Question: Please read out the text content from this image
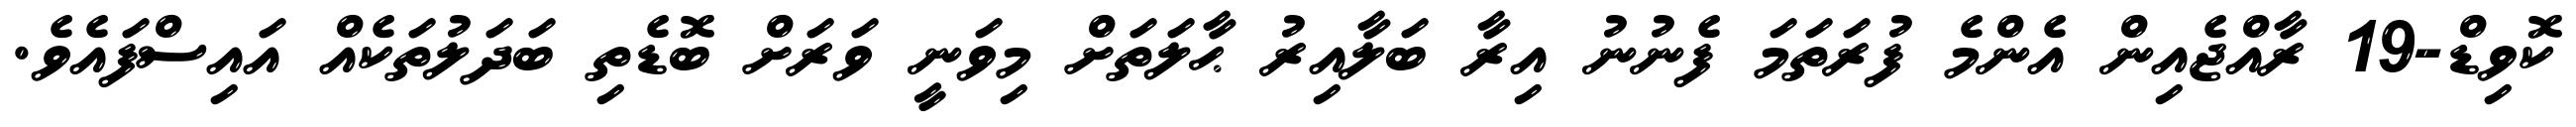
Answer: ކޮވިޑް-19 ރާއްޖެއިން އެންމެ ފުރަތަމަ ފެނުނު އިރާ ބަލާއިރު ޙާލަތަށް މިވަނީ ވަރަށް ބޮޑެތި ބަދަލުތަކެއް އައިސްފައެވެ.